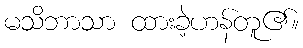
မသိဘာသာ ထားခဲ့ဟန်တူ၏။